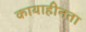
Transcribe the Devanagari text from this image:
कायाहीनता